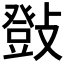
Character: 𢿤